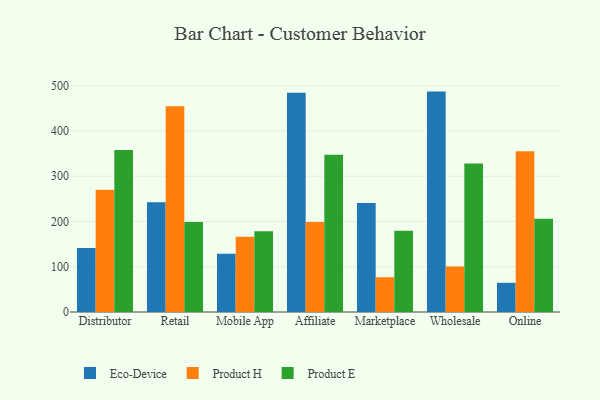
{"axis": {"x": "Channel", "y": "Website Visitors"}, "legend": ["Eco-Device", "Product E", "Product H"], "data": [{"x": "Distributor", "y": 141.2, "type": "Eco-Device"}, {"x": "Distributor", "y": 270.2, "type": "Product H"}, {"x": "Distributor", "y": 357.7, "type": "Product E"}, {"x": "Retail", "y": 242.3, "type": "Eco-Device"}, {"x": "Retail", "y": 454.4, "type": "Product H"}, {"x": "Retail", "y": 198.6, "type": "Product E"}, {"x": "Mobile App", "y": 128.5, "type": "Eco-Device"}, {"x": "Mobile App", "y": 166.5, "type": "Product H"}, {"x": "Mobile App", "y": 178.5, "type": "Product E"}, {"x": "Affiliate", "y": 484.3, "type": "Eco-Device"}, {"x": "Affiliate", "y": 198.6, "type": "Product H"}, {"x": "Affiliate", "y": 347.6, "type": "Product E"}, {"x": "Marketplace", "y": 240.8, "type": "Eco-Device"}, {"x": "Marketplace", "y": 76.8, "type": "Product H"}, {"x": "Marketplace", "y": 179.6, "type": "Product E"}, {"x": "Wholesale", "y": 486.9, "type": "Eco-Device"}, {"x": "Wholesale", "y": 100.6, "type": "Product H"}, {"x": "Wholesale", "y": 328.1, "type": "Product E"}, {"x": "Online", "y": 64.5, "type": "Eco-Device"}, {"x": "Online", "y": 355.2, "type": "Product H"}, {"x": "Online", "y": 205.9, "type": "Product E"}]}